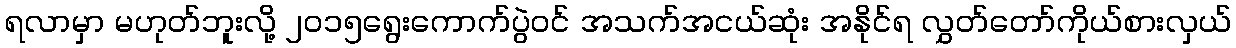
ရလာမှာ မဟုတ်ဘူးလို့ ၂၀၁၅ရွေးကောက်ပွဲဝင် အသက်အငယ်ဆုံး အနိုင်ရ လွှတ်တော်ကိုယ်စားလှယ်